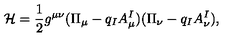
\mathcal { H } = \frac 1 2 g ^ { \mu \nu } ( \Pi _ { \mu } - q _ { I } A _ { \mu } ^ { I } ) ( \Pi _ { \nu } - q _ { I } A _ { \nu } ^ { I } ) ,